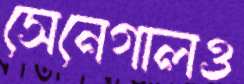
সেনেগালও